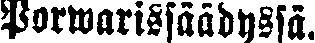
Porwarissäädyssä.